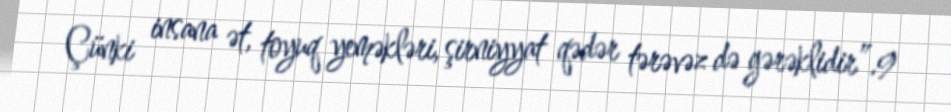
Çünki insana ət, toyuq yeməkləri, şirniyyat qədər tərəvəz də gərəklidir”.9